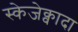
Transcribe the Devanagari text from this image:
स्केजेक्वादा